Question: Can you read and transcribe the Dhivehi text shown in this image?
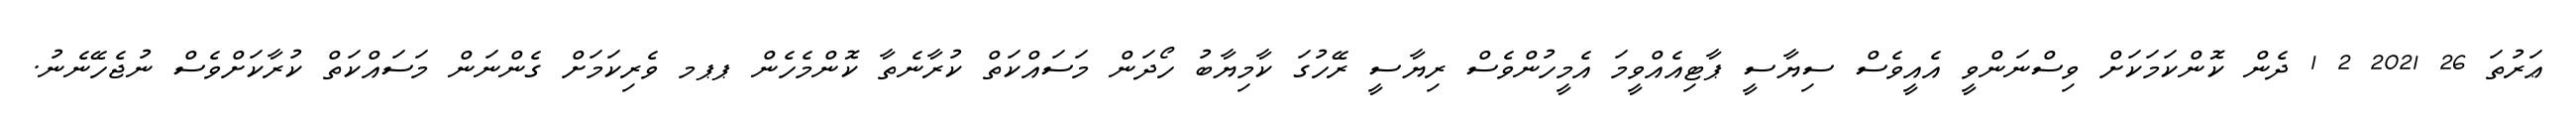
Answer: ޢަރުތަ 26 2021 2 1 ދެން ކޮންކަމަކަށް ވިސްނަންވީ އެއީވެސް ސިޔާސީ ޕާޓިއެއްވީމަ އެމީހުންވެސް ރިޔާސީ ރޭހުގަ ކާމިޔާބު ހޯދަން މަސައްކަތް ކުރާނެތާ ކޮންމެހެން ޕޕމ ވެރިކަމަށް ގެންނަން މަސައްކަތް ކުރާކަށްވެސް ނުޖެހޭނެނު.